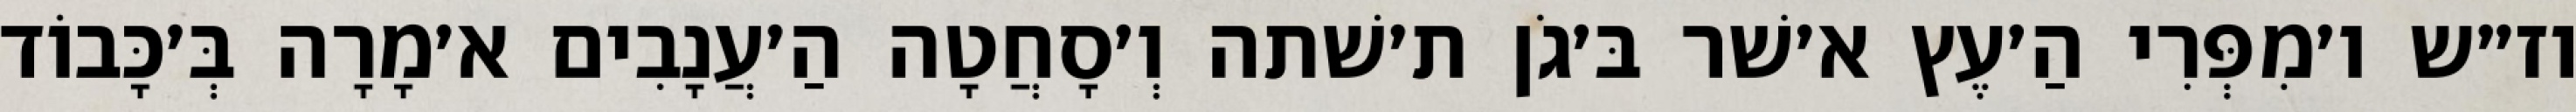
וז״ש ו׳מִפְּרִי הַ׳עֶץ א׳שׁר בּ׳גֹן ת׳שׁתה וְ׳סָחֲטָה הַ׳עֲנָבִים א׳מָרָה בְּ׳כָּבוֹד